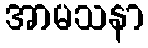
အာမသနာ